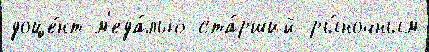
доце́нт м'еда́лью ста́рший ры́ночным